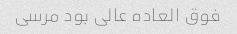
فوق العاده عالی بود مرسی